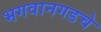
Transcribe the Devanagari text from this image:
भगवानगडचे